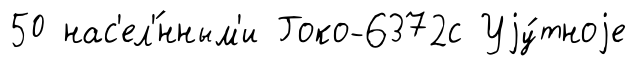
50 нас'ел'́нным'и Гоко-6372с Уjу́тноjе